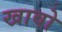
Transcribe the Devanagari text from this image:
खावो